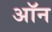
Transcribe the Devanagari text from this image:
अॉन